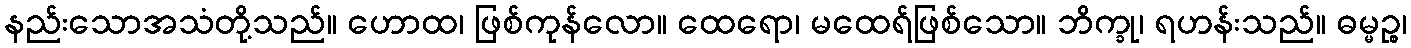
နည်းသောအသံတို့သည်။ ဟောထ၊ ဖြစ်ကုန်လော။ ထေရော၊ မထေရ်ဖြစ်သော။ ဘိက္ခု၊ ရဟန်းသည်။ ဓမ္မဉ္စ၊